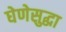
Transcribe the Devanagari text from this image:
घेणेसुद्घा